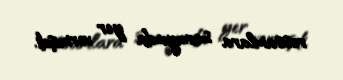
rəssamlara sarayında yer vermişdi.